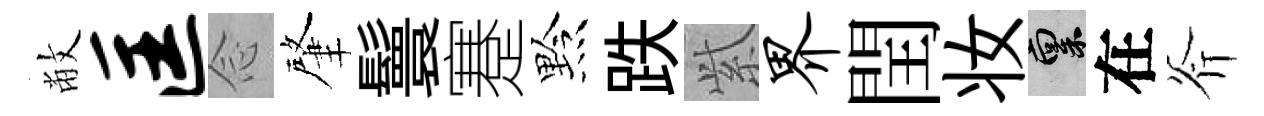
敝匡𫝹肇鬟蹇黔跌𬗋界閏妆禀在斧